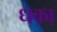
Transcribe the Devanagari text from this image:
धका